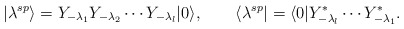
\begin{align*}|\lambda^{sp}\rangle=Y_{-\lambda_1}Y_{-\lambda_2}\cdots Y_{-\lambda_l}|0\rangle, \qquad\langle \lambda^{sp}|=\langle 0|Y^*_{-\lambda_l}\cdots Y^*_{-\lambda_1}.\end{align*}